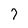
Character: 7